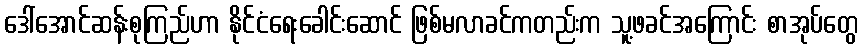
ဒေါ်အောင်ဆန်းစုကြည်ဟာ နိုင်ငံရေးခေါင်းဆောင် ဖြစ်မလာခင်ကတည်းက သူ့ဖခင်အကြောင်း စာအုပ်တွေ